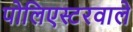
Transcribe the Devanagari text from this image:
पोलिएस्टरवाले